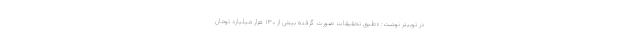
در توییتر نوشت: «طبق تحقیقات صورت گرفته بیش از ۱۳۰ هزار میلیارد تومان